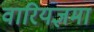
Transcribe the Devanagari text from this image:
वारियज्ञमां